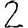
Digit: 2